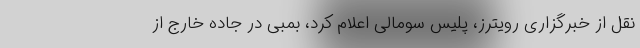
نقل از خبرگزاری رویترز، پلیس سومالی اعلام کرد، بمبی در جاده خارج از